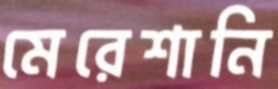
মেরেশানি